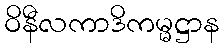
ဝိနီလကာဒိကမ္မဋ္ဌာန